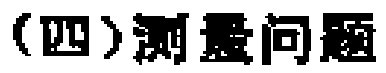
（四）测量问题